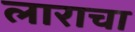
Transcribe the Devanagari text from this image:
लाराचा